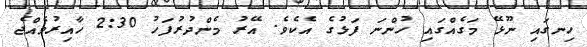
ހިނގައި ނޫޅޭ މަގެއްގައި ހުންނަ ފަޅުގެ އެކެވެ. އޭރު މެންދުރުފަހު 2:30 ހާއިރުވެއްޖެ